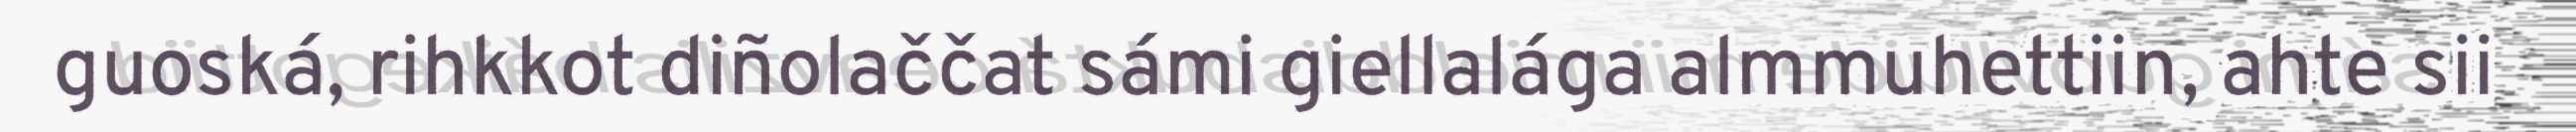
guoská, rihkkot diñolaččat sámi giellalága almmuhettiin, ahte sii